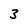
Character: 3